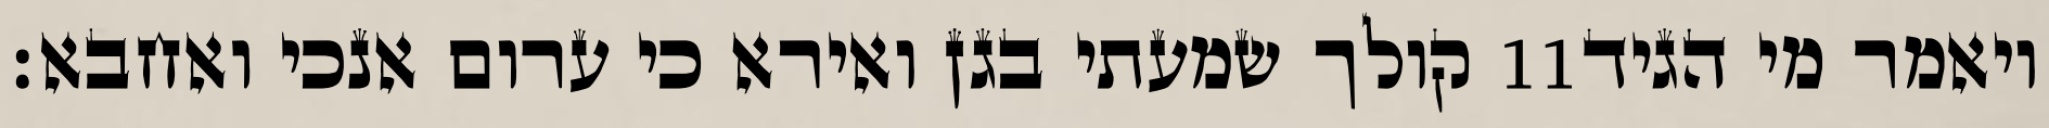
קולך שמעתי בגן ואירא כי ערום אנכי ואחבא׃ ‎11‏ ויאמר מי הגיד